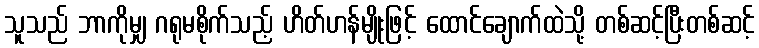
သူသည် ဘာကိုမျှ ဂရုမစိုက်သည့် ဟိတ်ဟန်မျိုးဖြင့် ထောင်ချောက်ထဲသို့ တစ်ဆင့်ပြီးတစ်ဆင့်